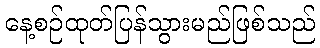
နေ့စဉ်ထုတ်ပြန်သွားမည်ဖြစ်သည်